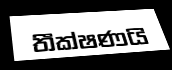
තීක්ෂණයි